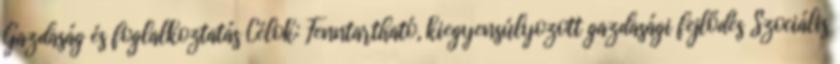
Gazdaság és foglalkoztatás Célok: Fenntartható, kiegyensúlyozott gazdasági fejlődés Szociális